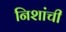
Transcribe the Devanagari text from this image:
निशांची